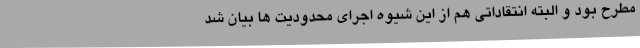
مطرح بود و البته انتقاداتی هم از این شیوه اجرای محدودیت ها بیان شد